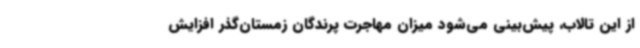
از این تالاب، پیش‌بینی می‌شود میزان مهاجرت پرندگان زمستان‌گذر افزایش